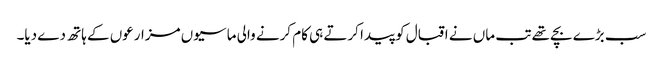
سب بڑے بچے تھے تب ماں نے اقبال کو پیدا کرتے ہی کام کرنے والی ماسیوں مزارعوں کے ہاتھ دے دیا۔